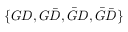
\{ G D , G { \bar { D } } , { \bar { G } } D , { \bar { G } } { \bar { D } } \}